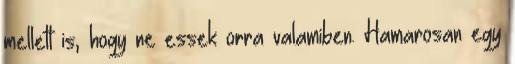
mellett is, hogy ne essek orra valamiben. Hamarosan egy